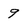
Character: 9